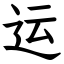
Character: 运